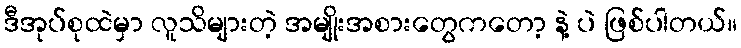
ဒီအုပ်စုထဲမှာ လူသိများတဲ့ အမျိုးအစားတွေကတော့ နဲ့ ပဲ ဖြစ်ပါတယ်။